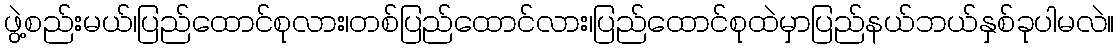
ဖွဲ့စည်းမယ်၊ပြည်ထောင်စုလား၊တစ်ပြည်ထောင်လား၊ပြည်ထောင်စုထဲမှာပြည်နယ်ဘယ်နှစ်ခုပါမလဲ။